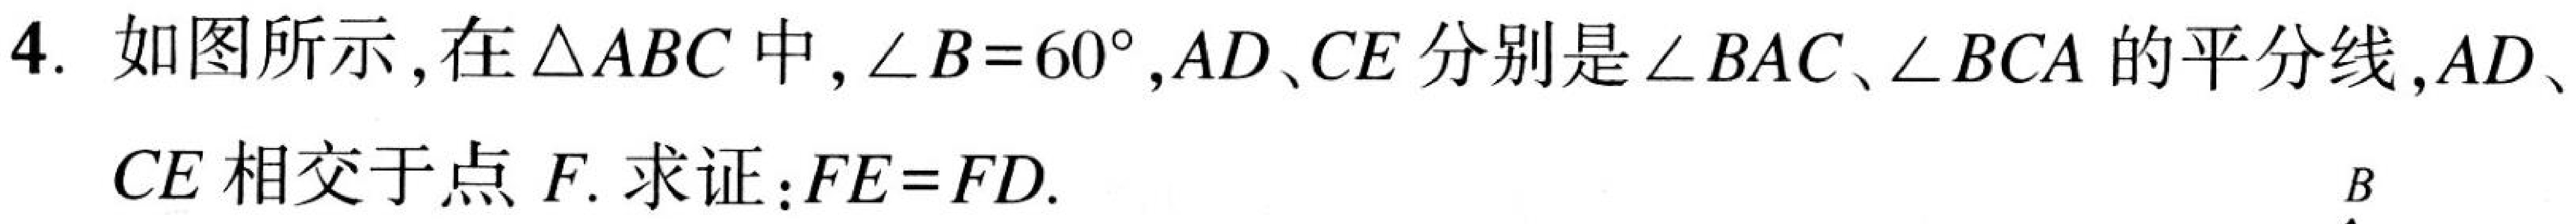
4. 如图所示,在\(\triangle ABC\)中,\(\angle B = 60^{\circ}\),\(AD、CE\)分别是\(\angle BAC、\angle BCA\)的平分线,\(AD、CE\)相交于点\(F\). 求证：\(FE = FD\).